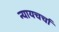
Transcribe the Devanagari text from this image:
न्यायचर्चा